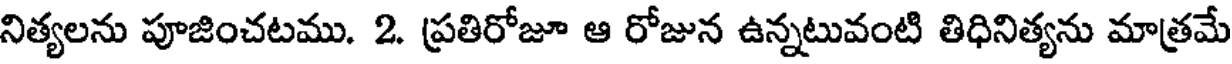
నిత్యలను పూజించటము. 2. ప్రతిరోజూ ఆ రోజున ఉన్నటువంటి తిధినిత్యను మాత్రమే